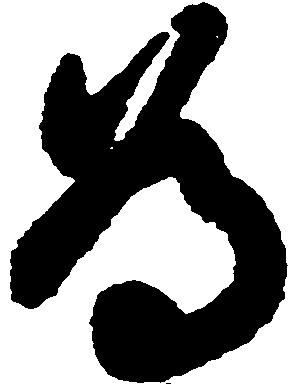
為